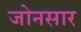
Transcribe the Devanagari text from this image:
जोनसार